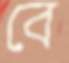
বে